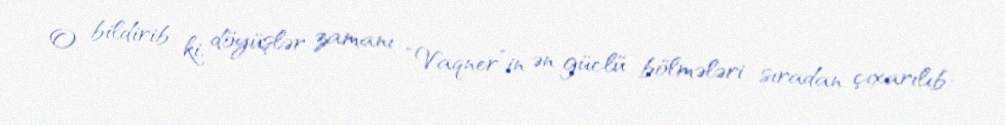
O bildirib ki, döyüşlər zamanı “Vaqner”in ən güclü bölmələri sıradan çıxarılıb: